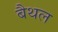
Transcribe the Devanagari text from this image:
बैथल